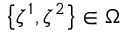
\bigl \{ \zeta ^ { 1 } , \zeta ^ { 2 } \bigr \} \in \Omega